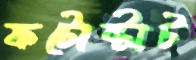
ফটোষ্টাট